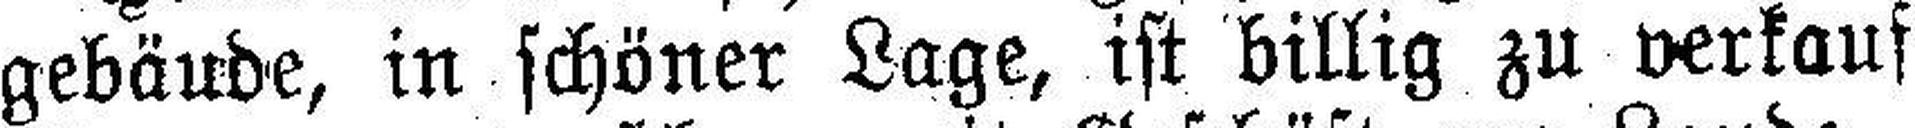
gebäude, in schöner Lage, ist billig zu verkauf